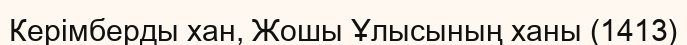
Керімберды хан, Жошы Ұлысының ханы (1413)